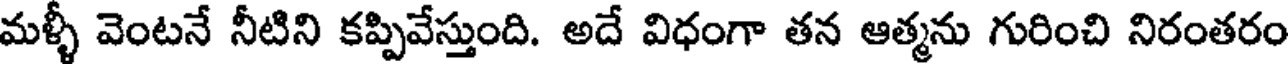
మళ్ళీ వెంటనే నీటిని కప్పివేస్తుంది. అదే విధంగా తన ఆత్మను గురించి నిరంతరం